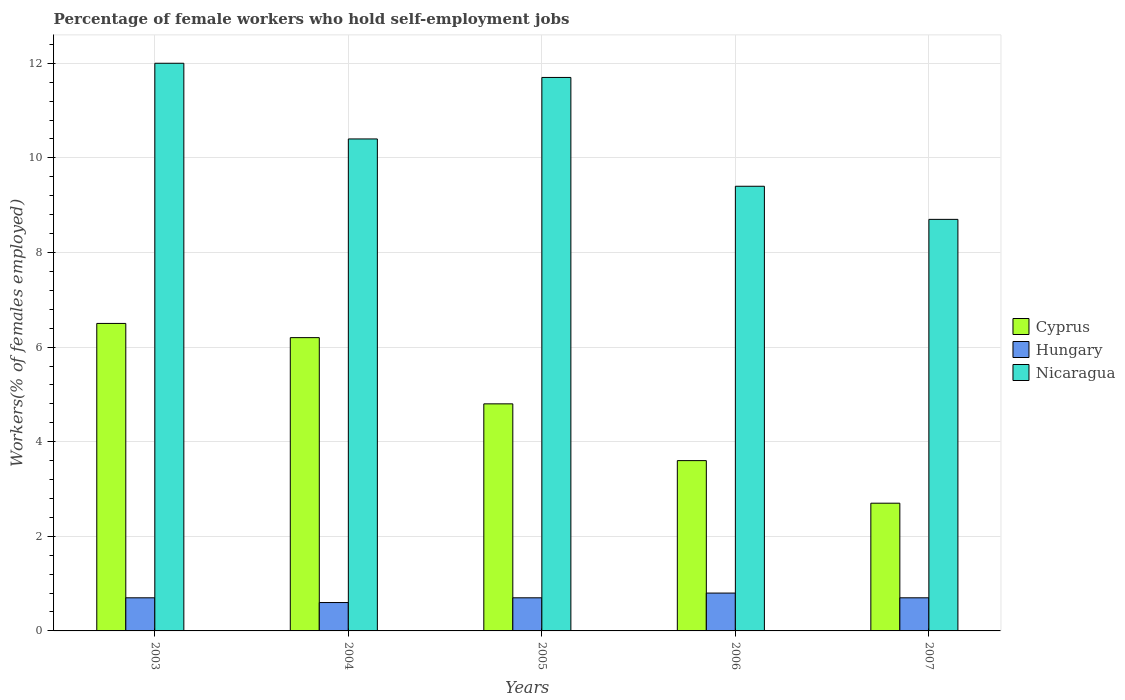
| Years | Cyprus | Hungary | Nicaragua |
 | --- | --- | --- | --- |
 | 2003 | 6.5 | 0.7 | 12 |
 | 2004 | 6.2 | 0.6 | 10.4 |
 | 2005 | 4.8 | 0.7 | 11.7 |
 | 2006 | 3.6 | 0.8 | 9.4 |
 | 2007 | 2.7 | 0.7 | 8.7 |